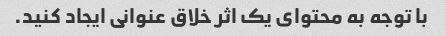
با توجه به محتوای یک اثر خلاق عنوانی ایجاد کنید.